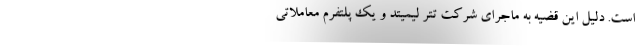
است. دلیل این قضیه به ماجرای شرکت تتر لیمیتد و یک پلتفرم معاملاتی